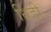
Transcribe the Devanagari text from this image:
धिंडी